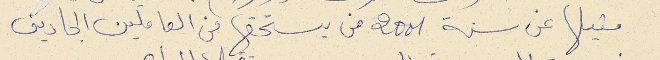
مثيلها عن سنة 1002 من يستحقها من العاملين الجادين